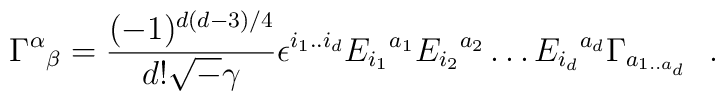
\Gamma^{\alpha}{}_{\beta} = \frac{(-1)^{d(d-3)/4}}{d!{\sqrt-\gamma}}\epsilon^{i_{1}..i_{d}}E_{i_{1}}{}^{a_{1}}E_{i_{2}}{}^{a_{2}}\ldots E_{i_{d}}{}^{a_{d}}\Gamma_{a_{1..a{_d}}}~~.